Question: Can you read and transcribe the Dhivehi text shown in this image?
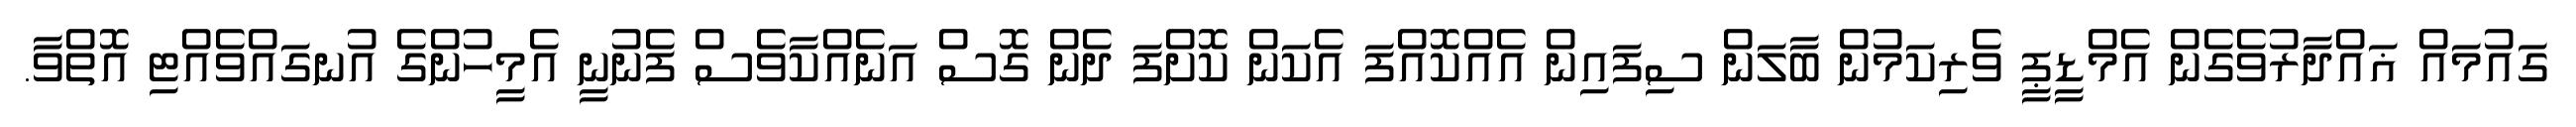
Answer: ގައުމައް ޣައްދާރުވެގެން އެމްޑީޕީ ވެރިކަމުން ބާލަން ސިފައިން އެއްކޮއްފަ އެކަން ކޮށްފަ ދެން ގޮސް އަނެއްކާވެސް ފެނުނީ އެމީހުންގެ އުނގައްވެއްޓި އޮތްވާ.